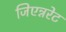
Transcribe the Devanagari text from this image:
जिएन्नरेट